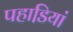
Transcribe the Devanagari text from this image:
पहाडि़यां